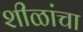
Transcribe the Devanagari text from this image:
शीळांचा